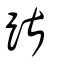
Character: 踸